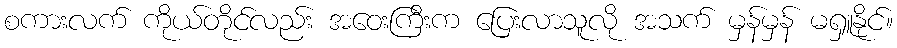
စကားလက် ကိုယ်တိုင်လည်း အဝေးကြီးက ပြေးလာသူလို အသက် မှန်မှန် မရှူနိုင်။